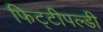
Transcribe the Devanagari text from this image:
फिट्टीपल्डी